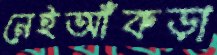
নেইআঁকড়া